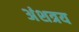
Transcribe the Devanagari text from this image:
अंशत्रय